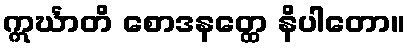
ဣင်္ဃာတိ စောဒနတ္ထေ နိပါတော။